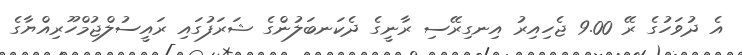
އެ ދުވަހުގެ ރޭ 9.00 ޖެހިއިރު އިނގިރޭސި ރާނީގެ ދެކަނބަލުންގެ ޝަރަފުގައި ރައީސުލްޖުމްހޫރިއްޔާގެ